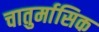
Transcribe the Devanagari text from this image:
चातुर्मासिक